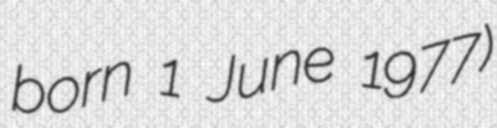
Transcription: born 1 June 1977)